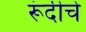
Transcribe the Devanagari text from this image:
रूंदीचे